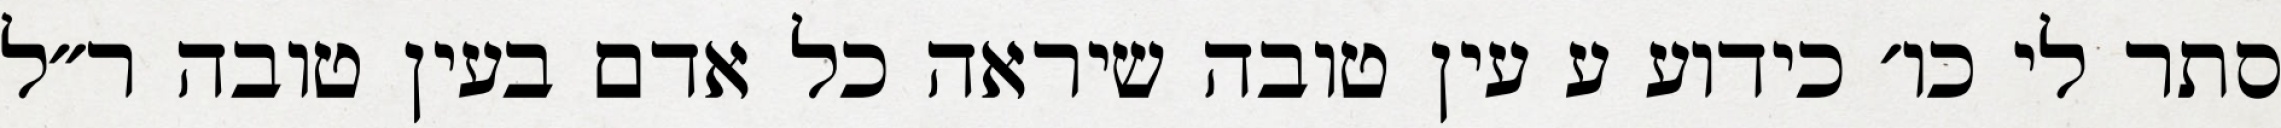
סתר לי כו׳ כידוע ע עין טובה שיראה כל אדם בעין טובה ר״ל